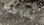
بقاعدة